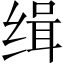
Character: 缉